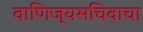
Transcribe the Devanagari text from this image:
वाणिज्यसचिवाचा